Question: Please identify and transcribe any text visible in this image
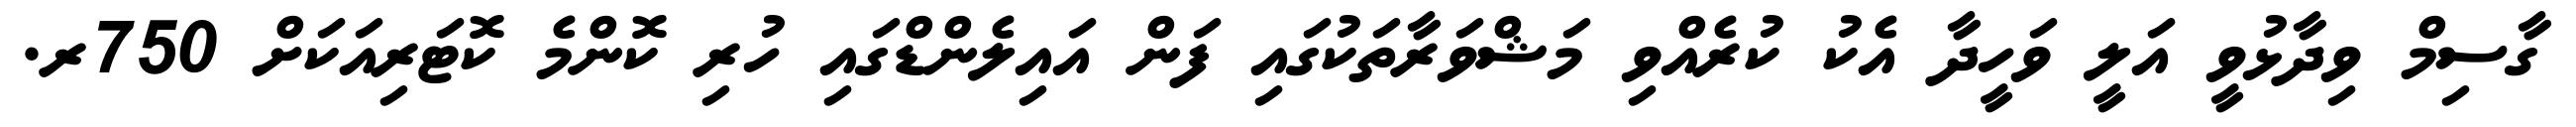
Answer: ގާސިމް ވިދާޅުވީ އަލީ ވަހީދާ އެކު ކުރެއްވި މަޝްވަރާތަކުގައި ފަން އައިލެންޑްގައި ހުރި ކޮންމެ ކޮޓަރިއަކަށް 750ރ.